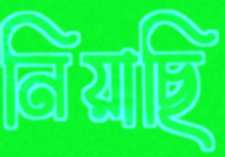
নিয়াছি